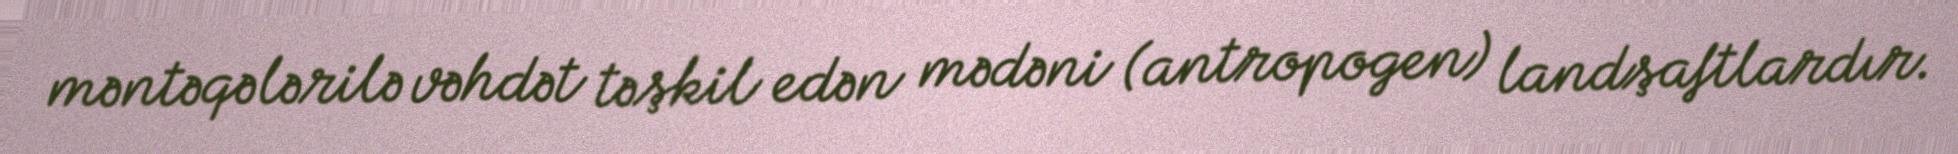
məntəqələrilə vəhdət təşkil edən mədəni (antropogen) landşaftlardır.